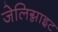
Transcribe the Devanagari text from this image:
जेलिग्नाइट